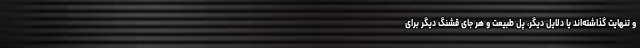
و تنهایت گذاشته‌اند یا دلایل دیگر، پل طبیعت و هر جای قشنگ دیگر برای